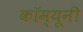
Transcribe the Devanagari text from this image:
कॉम्यूनी